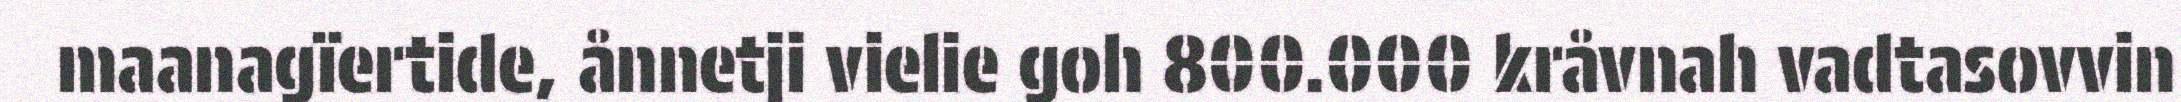
maanagïertide, ånnetji vielie goh 800.000 kråvnah vadtasovvin